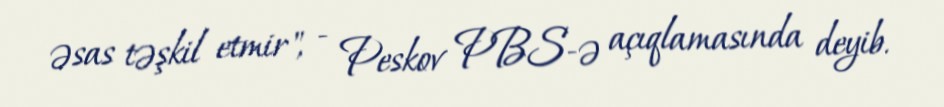
əsas təşkil etmir", - Peskov PBS-ə açıqlamasında deyib.